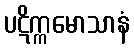
ပဋိက္ကမောသာနံ